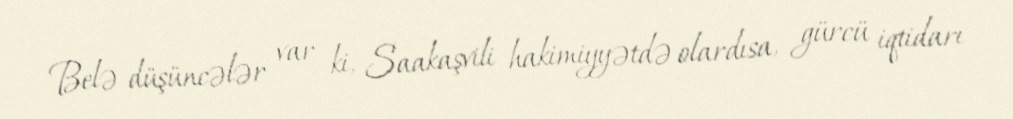
Belə düşüncələr var ki, Saakaşvili hakimiyyətdə olardısa, gürcü iqtidarı